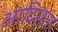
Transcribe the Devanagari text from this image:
आदिसत्ता